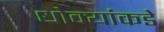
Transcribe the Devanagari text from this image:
धोक्यांकडे